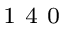
^ \textrm { \scriptsize 1 4 0 }